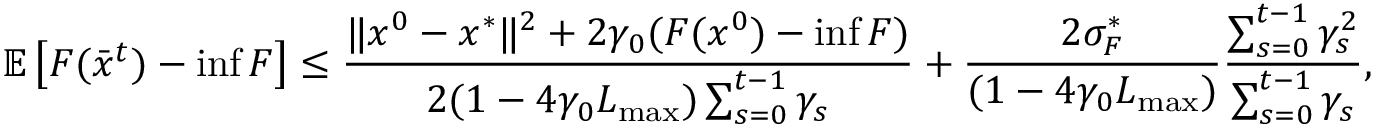
\mathbb { E } \left[ F ( \bar { x } ^ { t } ) - \operatorname* { i n f } F \right] \leq \frac { \Vert x ^ { 0 } - x ^ { * } \Vert ^ { 2 } + 2 \gamma _ { 0 } ( F ( x ^ { 0 } ) - \operatorname* { i n f } F ) } { 2 ( 1 - 4 \gamma _ { 0 } L _ { \operatorname* { m a x } } ) \sum _ { s = 0 } ^ { t - 1 } \gamma _ { s } } + \frac { 2 \sigma _ { F } ^ { * } } { ( 1 - 4 \gamma _ { 0 } L _ { \operatorname* { m a x } } ) } \frac { \sum _ { s = 0 } ^ { t - 1 } \gamma _ { s } ^ { 2 } } { \sum _ { s = 0 } ^ { t - 1 } \gamma _ { s } } ,